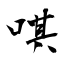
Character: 唭